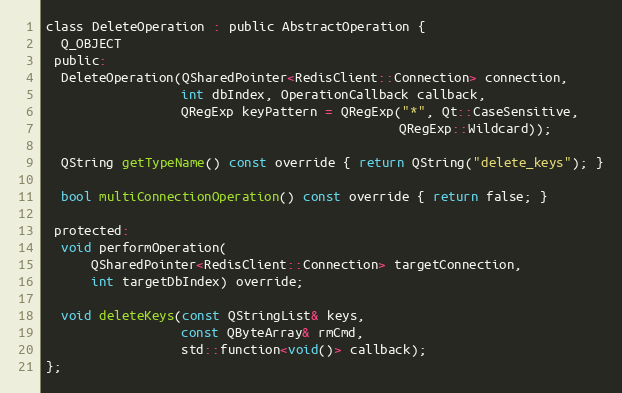
Language: C
class DeleteOperation : public AbstractOperation {
  Q_OBJECT
 public:
  DeleteOperation(QSharedPointer<RedisClient::Connection> connection,
                  int dbIndex, OperationCallback callback,
                  QRegExp keyPattern = QRegExp("*", Qt::CaseSensitive,
                                               QRegExp::Wildcard));

  QString getTypeName() const override { return QString("delete_keys"); }

  bool multiConnectionOperation() const override { return false; }

 protected:
  void performOperation(
      QSharedPointer<RedisClient::Connection> targetConnection,
      int targetDbIndex) override;

  void deleteKeys(const QStringList& keys,
                  const QByteArray& rmCmd,
                  std::function<void()> callback);
};